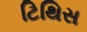
ટિથિસ